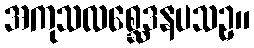
အကုသလစ္ဆေဒနပသဥှ။